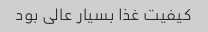
کیفیت غذا بسیار عالی بود